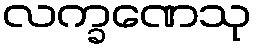
လက္ခဏေသု